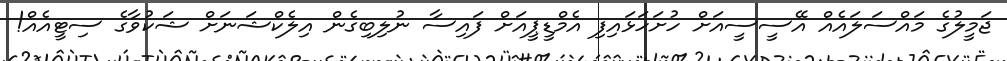
ޖަމީލުގެ މައްސަލައެއް އޭސީސީއަށް ހުށަހަޅައިފި އެމްޑީޕީއަށް ފައިސާ ނުލިބިގެން އިލެކްޝަނަށް ޝަކުވާގެ ސިޓީއެއް!